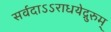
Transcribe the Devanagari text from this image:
सर्वदाऽऽराधयेद्गुरुम्